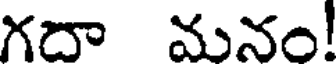
గదా మనం!